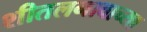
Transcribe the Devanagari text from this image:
शीतलनावाच्या